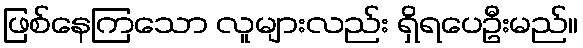
ဖြစ်နေကြသော လူများလည်း ရှိရပေဦးမည်။